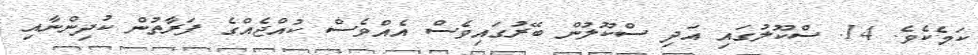
ކަމެކެވެ. 14. ސްކޫލުގައި އަދި ސްކޫލުން ބޭރުގައިވެސް އެއްވެސް ކުއްޖެއްގެ ފަރާތުން ކުދިންނާއި